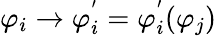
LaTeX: \varphi_{i}\rightarrow\varphi_{i}^{'}=\varphi_{i}^{'}(\varphi_{j})